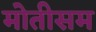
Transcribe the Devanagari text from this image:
मोतीसम